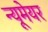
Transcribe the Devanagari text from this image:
न्यूमेयर